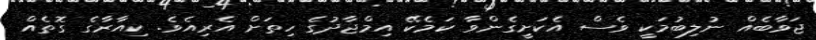
ޖަވާބެއް ނުލިބުމަކީ ވެސް އެކަށީގެންވާ ކަަމެކޭ އިމްޖާދުގެ ހިތަށް އެރިއެވެ. ކިއާރާގެ ގޮތެއް